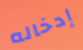
إدخاله